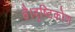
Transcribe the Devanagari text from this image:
है।दृष्टिकोण